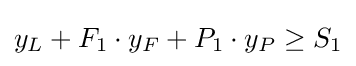
y_{L}+F_{1}\cdot y_{F}+P_{1}\cdot y_{P}\geq S_{1}